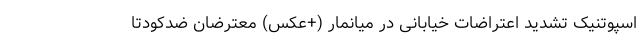
اسپوتنیک تشدید اعتراضات خیابانی در میانمار (+عکس) معترضان ضدکودتا